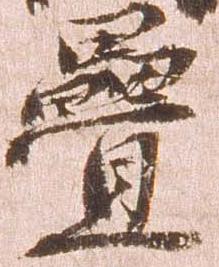
畳